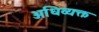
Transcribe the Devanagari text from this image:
अधिव्यक्त